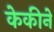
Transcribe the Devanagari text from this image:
केकीने